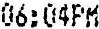
06:04PM